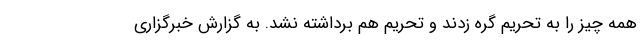
همه چیز را به تحریم گره زدند و تحریم هم برداشته نشد. به گزارش خبرگزاری